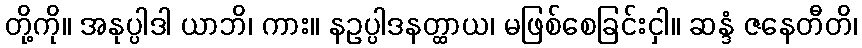
တို့ကို။ အနုပ္ပါဒါ ယာဘိ၊ ကား။ နဥပ္ပါဒနတ္ထာယ၊ မဖြစ်စေခြင်းငှါ။ ဆန္ဒံ ဇနေတီတိ၊